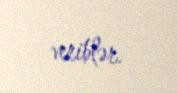
veriblər.